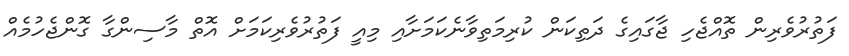
ފަތުރުވެރިން ތޮއްޖެހި ޖާގައިގެ ދަތިކަން ކުރިމަތިވާނެކަމަށާއި މިއީ ފަތުރުވެރިކަމަށް އޮތް މާސިންގާ ގޮންޖެހުމެއް